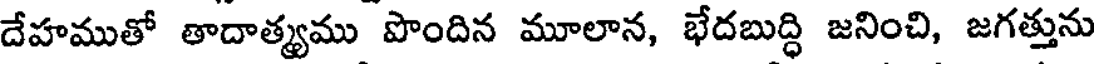
దేహముతో తాదాత్యము పొందిన మూలాన, భేదబుద్ధి జనించి, జగత్తును